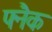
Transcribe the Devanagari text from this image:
फ्नैक